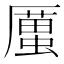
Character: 𠪿